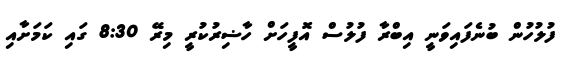
ފުލުހުން ބުނެފައިވަނީ އިބްރާ ފުލުސް އޮފީހަށް ހާޟިރުކުރީ މިރޭ 8:30 ގައި ކަމަށާއި